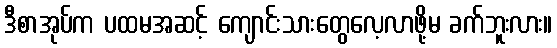
ဒီစာအုပ်က ပထမအဆင့် ကျောင်းသားတွေလေ့လာဖို့မ ခက်ဘူးလား။